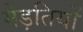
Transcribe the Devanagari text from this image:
मेड़तियों